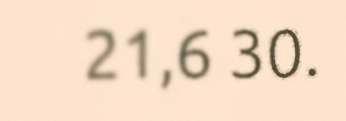
21,6 30.